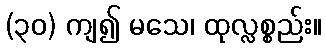
(၃၀) ကျ၍ မသေ၊ ထုလ္လစ္စည်း။